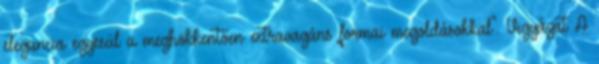
elegancia egyesül a meghökkentően extravagáns formai megoldásokkal". Vigyázat A